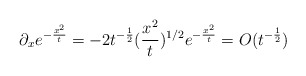
\begin{align*}\partial_x e^{-\frac{x^2}{t}}=-2t^{-\frac{1}{2}}(\frac{x^2}{t})^{1/2}e^{-\frac{x^2}{t}}=O(t^{-\frac{1}{2}})\end{align*}